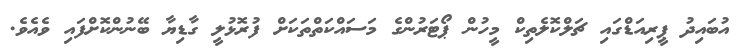
އުބައިދު ޕީރިއަޑްގައި ޗަލްކޮލެތިކް މީހުން ޕޯޓަރުންގެ މަސައްކަތްތަކަށް ފުރޮޅުލީ ގާޑިޔާ ބޭނުންކޮށްފައި ވެއެވެ.